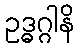
ဥဒ္ဓဂ္ဂါနိ